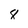
Character: 8